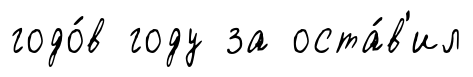
годо́в году за оста́в'ил